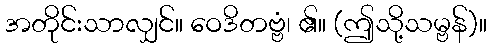
အတိုင်းသာလျှင်။ ဝေဒိတဗ္ဗံ၊ ၏။ (ဤသို့သမ္ဗန်)။